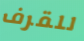
للقرف